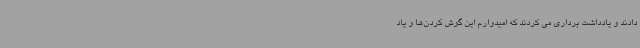
دادند و یادداشت برداری می کردند که امیدوارم این گوش کردن‌ها و یاد